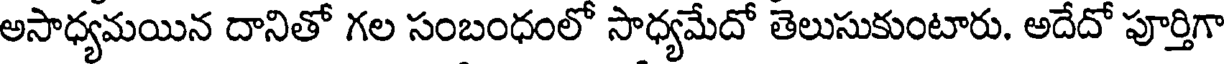
అసాధ్యమయిన దానితో గల సంబంధంలో సాధ్యమేదో తెలుసుకుంటారు. అదేదో పూర్తిగా